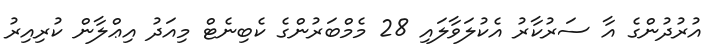
އުރުދުންގެ އާ ސަރުކާރު އެކުލަވާލައި 28 މެމްބަރުންގެ ކެބިނެޓް މިއަދު އިޢްލާން ކުރިއިރު